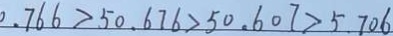
0 . 7 6 6 > 5 0 . 6 7 6 > 5 0 . 6 0 7 > 5 . 7 0 6